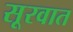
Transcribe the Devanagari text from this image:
सूरवात